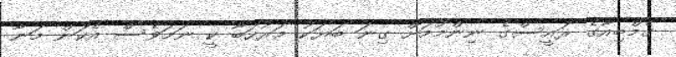
ގެމްބިއާގެ ރައީސްގެ ނިންމުމަށް ގިނަ ބަޔަކު މަރުހަބާ ކީ ނަމަވެސް އެކަން މަނާ